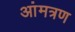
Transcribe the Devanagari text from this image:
आंमत्रण